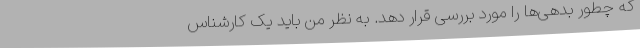
که چطور بدهی‌ها را مورد بررسی قرار دهد. به نظر من باید یک کارشناس